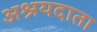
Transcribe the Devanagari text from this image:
अश्रयदाता